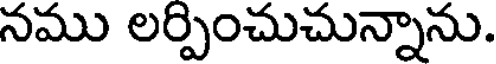
నము లర్పించుచున్నాను.